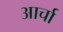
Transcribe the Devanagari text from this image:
आर्चा